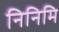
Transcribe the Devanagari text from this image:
निनिमि